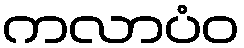
ကလာပံဝ